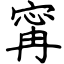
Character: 寗